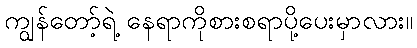
ကျွန်တော့်ရဲ့ နေရာကိုစားစရာပို့ပေးမှာလား။